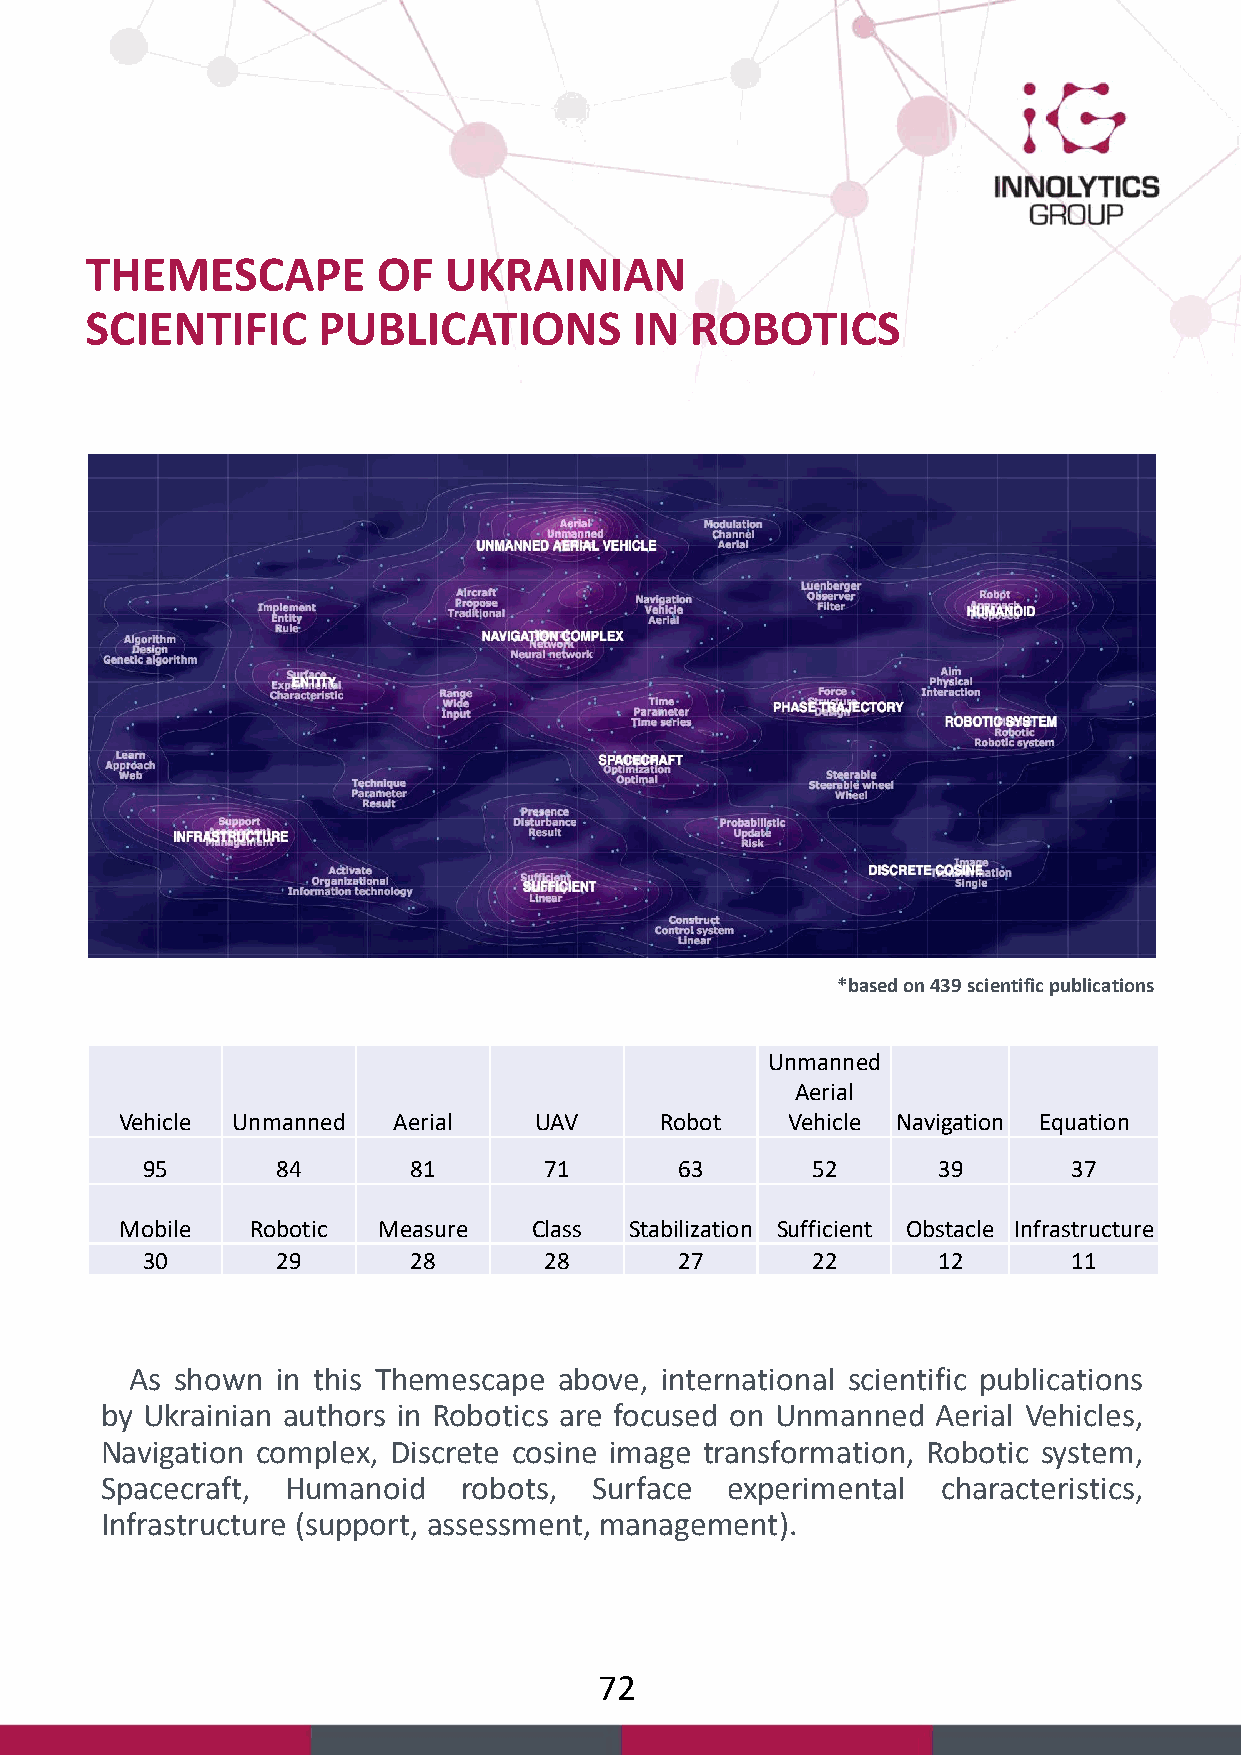
THEMESCAPE         OF  UKRAINIAN
 SCIENTIFIC     PUBLICATIONS         IN  ROBOTICS
 *based on 439 scientific publications
 Unmanned
 Aerial
 Vehicle Unmanned  Aerial   UAV      Robot   Vehicle Navigation Equation
 95       84       81       71       63       52      39       37
 Mobile   Robotic Measure   Class  Stabilization Sufficient Obstacle Infrastructure
 30       29       28       28       27       22      12       11
 As shown in this Themescape above, international scientific publications
 by Ukrainian authors in Robotics are focused on Unmanned Aerial Vehicles,
 Navigation complex, Discrete cosine image transformation, Robotic system,
 Spacecraft, Humanoid   robots,  Surface  experimental  characteristics,
 Infrastructure (support, assessment, management).
 72